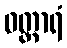
ဝတ္တာရံ